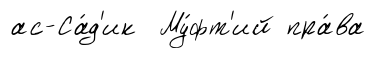
ас-Са́д'ик Му́фт'ий пра́ва